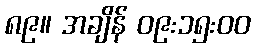
၈၉။ အချိန် ၀၉:၁၅:၀၀